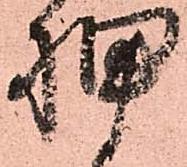
押